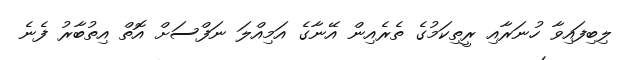
ލިބިފައިވާ ހުނަރާއި ރީތިކަމުގެ ތެރެއިން އޭނާގެ އަމިއްލަ ނަފްސަށް އޮތް އިތުބާރު ފެނެ